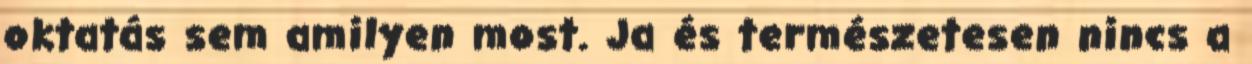
oktatás sem amilyen most. Ja és természetesen nincs a